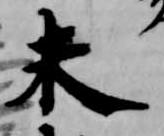
未